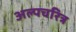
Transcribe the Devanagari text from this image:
अल्पचरित्र